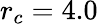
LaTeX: r_{c}=4.0